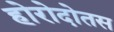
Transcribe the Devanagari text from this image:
होरोदोतस